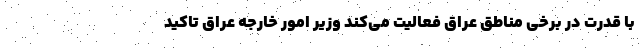
با قدرت در برخی مناطق عراق فعالیت می‌کند وزیر امور خارجه عراق تاکید